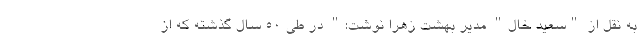
به نقل از "سعید خال" مدیر بهشت زهرا نوشت:" در طی 50 سال گذشته که از